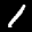
Digit: 1